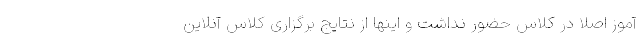
آموز اصلا در کلاس حضور نداشت و اینها از نتایج برگزاری کلاس آنلاین